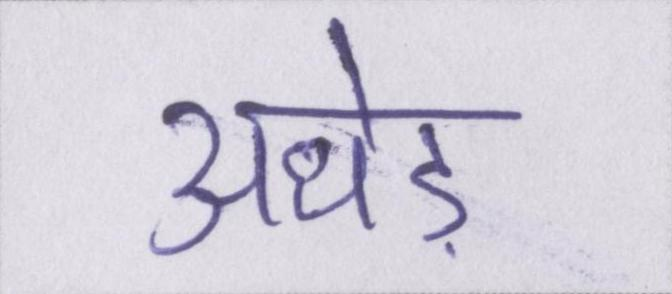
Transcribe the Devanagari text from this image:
अधेड़